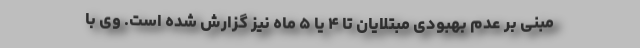
مبنی بر عدم بهبودی مبتلایان تا ۴ یا ۵ ماه نیز گزارش شده است. وی با